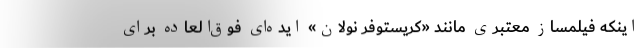
اینکه فیلمساز معتبری مانند «کریستوفر نولان» ایده‌ای فوق‌العاده برای